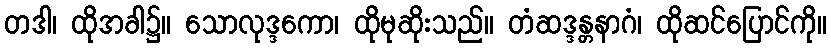
တဒါ၊ ထိုအခါ၌။ သောလုဒ္ဒကော၊ ထိုမုဆိုးသည်။ တံဆဒ္ဒန္တနာဂံ၊ ထိုဆင်ပြောင်ကို။